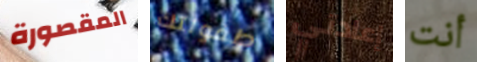
المقصورة طفولتك إعادتي أنت